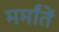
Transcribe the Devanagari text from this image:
मर्मांतें